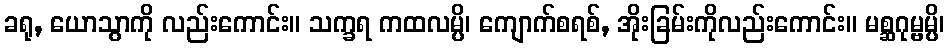
ခရု, ယောသွာကို လည်းကောင်း။ သက္ခရ ကထလမ္ပိ၊ ကျောက်စရစ်, အိုးခြမ်းကိုလည်းကောင်း။ မစ္ဆဂုမ္ဗမ္ပိ၊